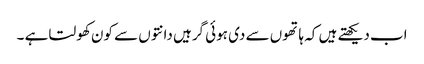
اب دیکھتے ہیں کہ ہاتھوں سے دی ہوئی گرہیں دانتوں سے کون کھولتا ہے ۔